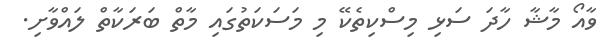
ވާއޯ މާޝާ ހާދަ ސަޅި މިސްކިތެކޭ މި މަސަކަތުގައި މާތް ބަރަކާތް ލައްވާށި.